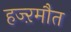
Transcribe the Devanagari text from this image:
हज्ऱमौत